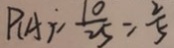
P _ { ( A ) } = \frac { 1 0 } { 2 5 } = \frac { 2 } { 5 }